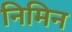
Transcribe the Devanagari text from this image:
निमिन